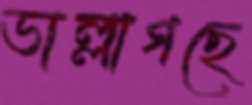
ভাল্লাগছে